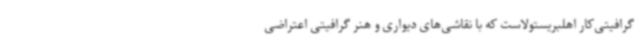
گرافیتی‌کار اهلبریستولاست که با نقاشی‌های دیواری و هنر گرافیتی اعتراضی